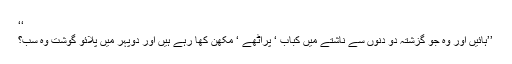
‘‘
’’ہائیں اور وہ جو گزشتہ دو دنوں سے ناشتے میں کباب ‘ پراٹھے ‘ مکھن کھا رہے ہیں اور دوپہر میں پلائو گوشت وہ سب؟